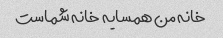
خانه من همسایه خانه شماست